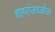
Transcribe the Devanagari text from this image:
शहरांजवळील